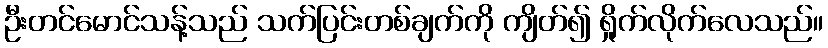
ဦးတင်မောင်သန့်သည် သက်ပြင်းတစ်ချက်ကို ကျိတ်၍ ရှိုက်လိုက်လေသည်။